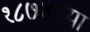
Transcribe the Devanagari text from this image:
१८७४च्या